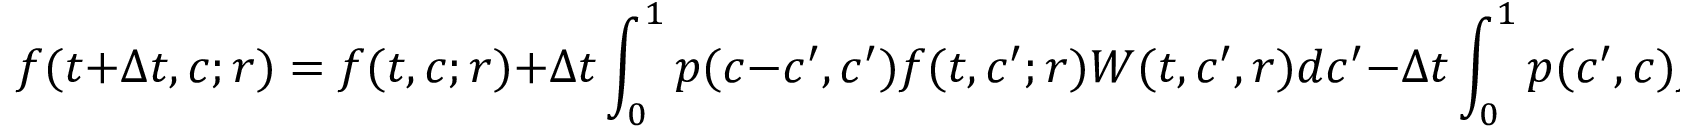
f ( t + \Delta t , c ; r ) = f ( t , c ; r ) + \Delta t \int _ { 0 } ^ { 1 } p ( c - c ^ { \prime } , c ^ { \prime } ) f ( t , c ^ { \prime } ; r ) W ( t , c ^ { \prime } , r ) d c ^ { \prime } - \Delta t \int _ { 0 } ^ { 1 } p ( c ^ { \prime } , c ) f ( t , c ; r ) W ( t , c , r ) d c ^ { \prime } .